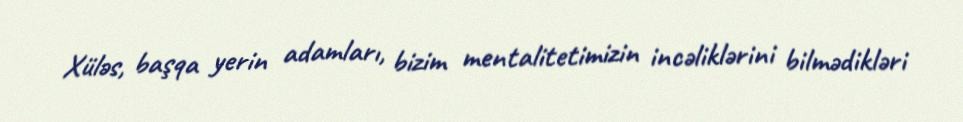
Xüləs, başqa yerin adamları, bizim mentalitetimizin incəliklərini bilmədikləri